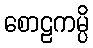
စောဠကမ္ပိ